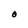
Character: O